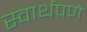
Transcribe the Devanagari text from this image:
स्वार्थपणे